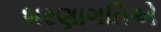
શરણાગતિએ